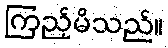
ကြည့်မိသည်။